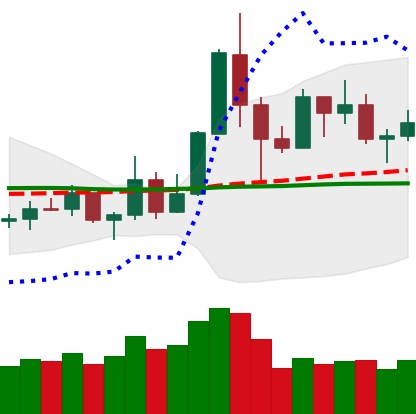
Ticker: TRX-USD
Chart end date: 2019-05-24
Forward return: 20.341%
Label: up_7plus